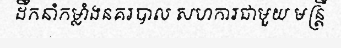
ដឹកនាំកម្លាំងនគរបាល សហការជាមួយ មន្ត្រី